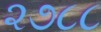
૨૭૮૮